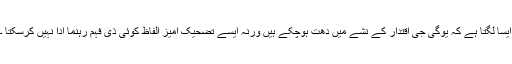
ایسا لگتا ہے کہ یوگی جی اقتدار کے نشے میں دھت ہوچکے ہیں ورنہ ایسے تضحیک آمیز الفاظ کوئی ذی فہم رہنما ادا نہیں کرسکتا ۔